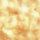
أنك